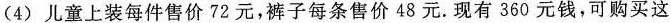
(4) 儿童上装每件售价 72 元，裤子每条售价 48 元。现有 360 元钱，可购买这